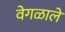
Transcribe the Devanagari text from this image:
वेगळाले